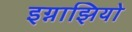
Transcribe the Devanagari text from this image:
इग्नाझियो